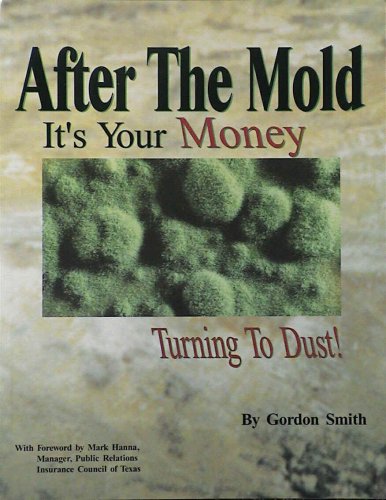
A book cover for After the Mold: It's Your Money Turning to Dust; Gordon Smith; Business & Money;